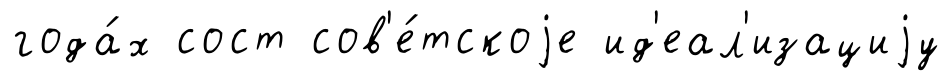
года́х сост сов'е́тскоjе ид'еал'изациjу